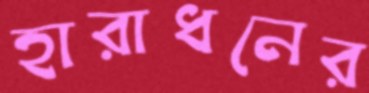
হারাধনের